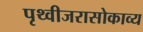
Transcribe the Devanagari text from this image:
पृथ्वीजरासोकाव्य